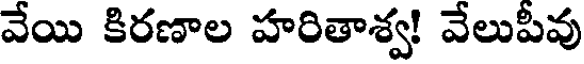
వేయి కిరణాల హరితాశ్వ! వేలుపీవు